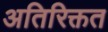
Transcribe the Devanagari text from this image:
अतिरिक्तत